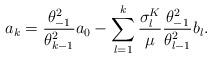
LaTeX: \begin{align*}a_k = \frac{\theta_{-1}^2}{\theta_{k-1}^2} a_0 - \sum_{l=1}^k \frac{\sigma^K_l}{\mu}\frac{\theta_{-1}^2}{\theta_{l-1}^2}b_l.\end{align*}